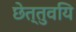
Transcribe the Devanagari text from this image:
छेत्तुवयि